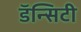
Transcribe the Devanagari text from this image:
डॅन्सिटी